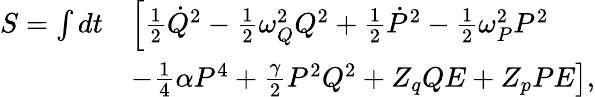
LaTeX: \begin{array}{rl}{S=\int dt}&{\left[\frac{1}{2}\dot{Q}^{2}-\frac{1}{2}\omega_{Q}^{2}Q^{2}+\frac{1}{2}\dot{P}^{2}-\frac{1}{2}\omega_{P}^{2}P^{2}\right.}\\ &{\left.-\frac{1}{4}\alpha P^{4}+\frac{\gamma}{2}P^{2}Q^{2}+Z_{q}QE+Z_{p}PE\right],}\end{array}